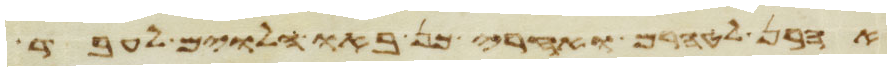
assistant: אהרן לטהרם ואחרי כן באו הלוים לעבד